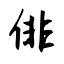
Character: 俳